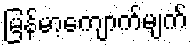
မြန်မာ့ကျောက်မျက်